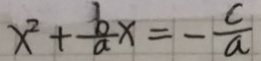
x ^ { 2 } + \frac { b } { a } x = - \frac { c } { a }